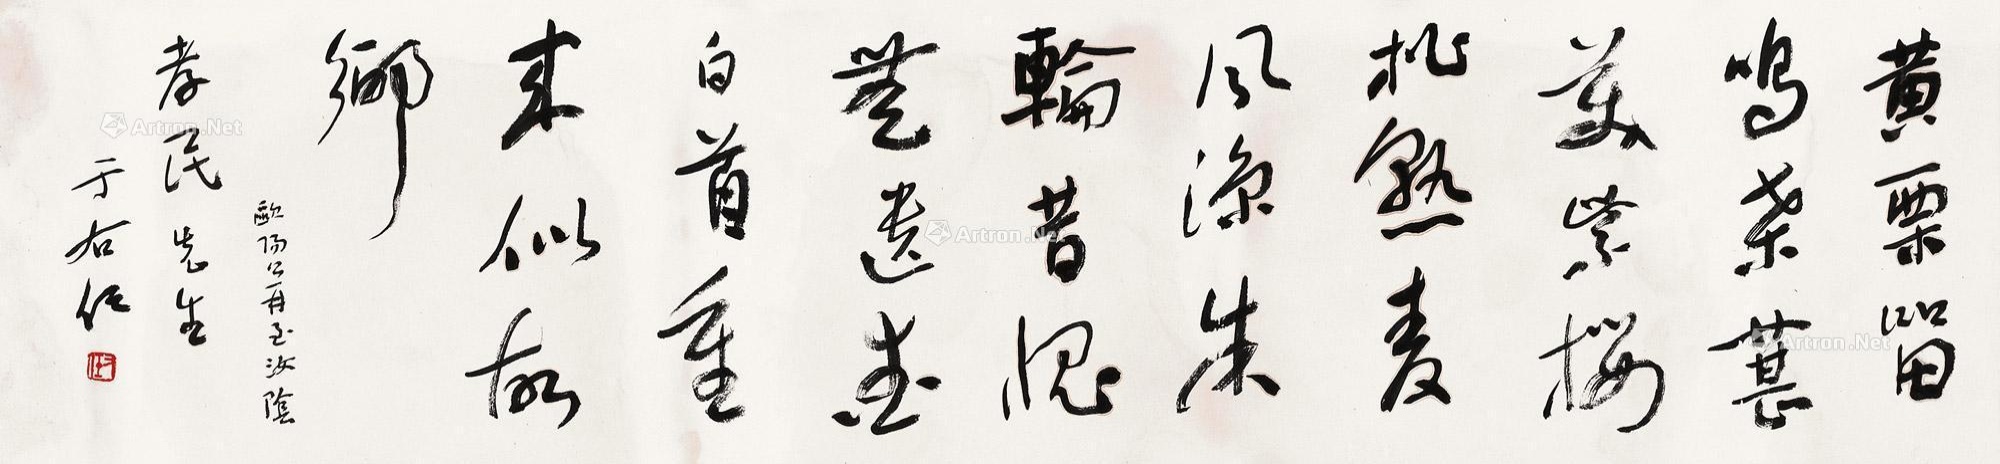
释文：黄栗留鸣桑葚美，紫樱桃熟麦风凉。朱轮昔愧无遗爱，白首重来似故乡。欧阳公《再至汝阴》，孝民先生，于右任。